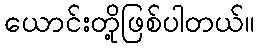
ယောင်းတို့ဖြစ်ပါတယ်။